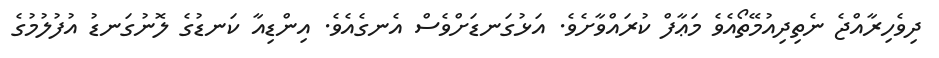
ދިވެހިރާއްޖެ ނެތިދިއުމޭތޯއެވެ މަޢާފް ކުރައްވާށެވެ. އަޅުގަނޑަށްވެސް އެނގެއެވެ. އިންޑިއާ ކަނޑުގެ ލޮނުގަނޑު އުފުލުމުގެ